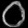
Digit: ၀